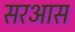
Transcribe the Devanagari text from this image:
सरआस